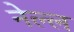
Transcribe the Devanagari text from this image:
नेल्ल